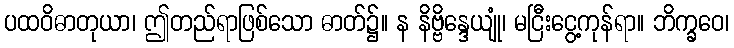
ပထဝိဓာတုယာ၊ ဤတည်ရာဖြစ်သော ဓာတ်၌။ န နိဗ္ဗိန္ဒေယျုံ၊ မငြီးငွေ့ကုန်ရာ။ ဘိက္ခဝေ၊